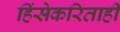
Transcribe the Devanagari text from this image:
हिंसेकरिताही